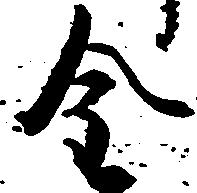
金